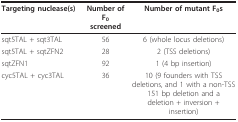
<table><thead><tr><td><b>Targeting nuclease(s)</b></td><td><b>Number of F<sub>0 </sub>screened</b></td><td><b>Number of mutant F<sub>0</sub>s</b></td></tr></thead><tbody><tr><td>sqt5TAL + sqt3TAL</td><td>56</td><td>6 (whole locus deletions)</td></tr><tr><td>sqt5TAL + sqtZFN2</td><td>28</td><td>2 (TSS deletions)</td></tr><tr><td>sqtZFN1</td><td>92</td><td>1 (4 bp insertion)</td></tr><tr><td>cyc5TAL + cyc3TAL</td><td>36</td><td>10 (9 founders with TSS deletions, and 1 with a non-TSS 151 bp deletion and a deletion + inversion + insertion)</td></tr></tbody></table>